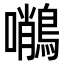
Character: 𪄨